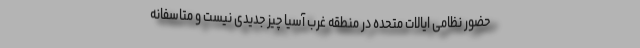
حضور نظامی ایالات متحده در منطقه غرب آسیا چیز جدیدی نیست و متاسفانه